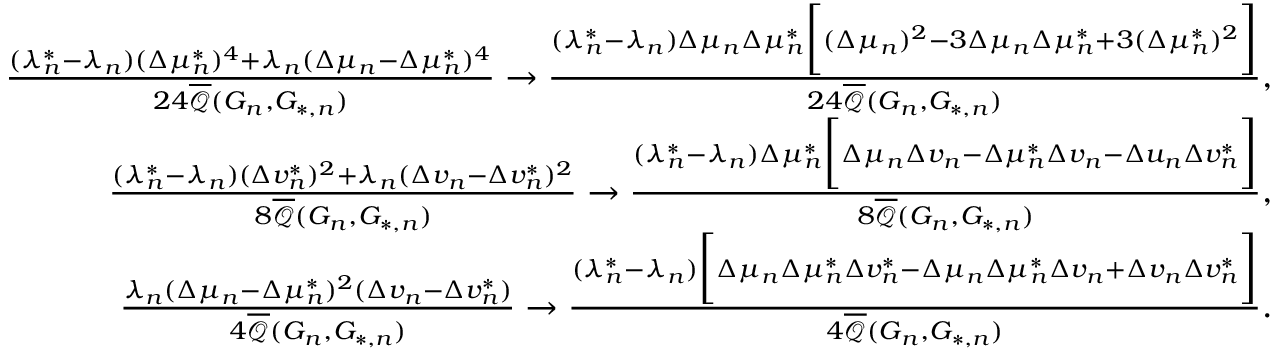
\begin{array} { r } { \frac { ( \lambda _ { n } ^ { * } - \lambda _ { n } ) ( \Delta \mu _ { n } ^ { * } ) ^ { 4 } + \lambda _ { n } ( \Delta \mu _ { n } - \Delta \mu _ { n } ^ { * } ) ^ { 4 } } { 2 4 \overline { { \mathcal { Q } } } ( G _ { n } , G _ { * , n } ) } \to \frac { ( \lambda _ { n } ^ { * } - \lambda _ { n } ) \Delta \mu _ { n } \Delta \mu _ { n } ^ { * } \biggr [ ( \Delta \mu _ { n } ) ^ { 2 } - 3 \Delta \mu _ { n } \Delta \mu _ { n } ^ { * } + 3 ( \Delta \mu _ { n } ^ { * } ) ^ { 2 } \biggr ] } { 2 4 \overline { { \mathcal { Q } } } ( G _ { n } , G _ { * , n } ) } , } \\ { \frac { ( \lambda _ { n } ^ { * } - \lambda _ { n } ) ( \Delta v _ { n } ^ { * } ) ^ { 2 } + \lambda _ { n } ( \Delta v _ { n } - \Delta v _ { n } ^ { * } ) ^ { 2 } } { 8 \overline { { \mathcal { Q } } } ( G _ { n } , G _ { * , n } ) } \to \frac { ( \lambda _ { n } ^ { * } - \lambda _ { n } ) \Delta \mu _ { n } ^ { * } \biggr [ \Delta \mu _ { n } \Delta v _ { n } - \Delta \mu _ { n } ^ { * } \Delta v _ { n } - \Delta u _ { n } \Delta v _ { n } ^ { * } \biggr ] } { 8 \overline { { \mathcal { Q } } } ( G _ { n } , G _ { * , n } ) } , } \\ { \frac { \lambda _ { n } ( \Delta \mu _ { n } - \Delta \mu _ { n } ^ { * } ) ^ { 2 } ( \Delta v _ { n } - \Delta v _ { n } ^ { * } ) } { 4 \overline { { \mathcal { Q } } } ( G _ { n } , G _ { * , n } ) } \to \frac { ( \lambda _ { n } ^ { * } - \lambda _ { n } ) \biggr [ \Delta \mu _ { n } \Delta \mu _ { n } ^ { * } \Delta v _ { n } ^ { * } - \Delta \mu _ { n } \Delta \mu _ { n } ^ { * } \Delta v _ { n } + \Delta v _ { n } \Delta v _ { n } ^ { * } \biggr ] } { 4 \overline { { \mathcal { Q } } } ( G _ { n } , G _ { * , n } ) } . } \end{array}